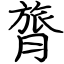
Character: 膂